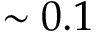
\sim 0 . 1